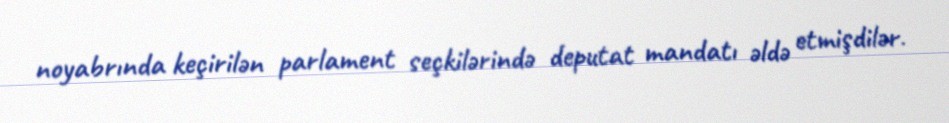
noyabrında keçirilən parlament seçkilərində deputat mandatı əldə etmişdilər.